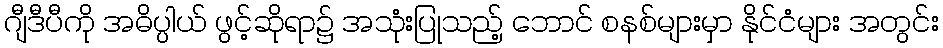
ဂျီဒီပီကို အဓိပ္ပါယ် ဖွင့်ဆိုရာ၌ အသုံးပြုသည့် ဘောင် စနစ်များမှာ နိုင်ငံများ အတွင်း